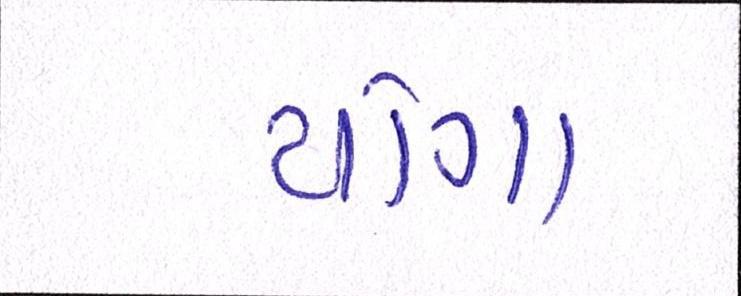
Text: યોગા